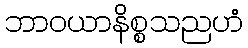
ဘာဝယာနိစ္စသညဟံ